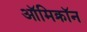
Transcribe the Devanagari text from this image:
ऑमिक्रॉन